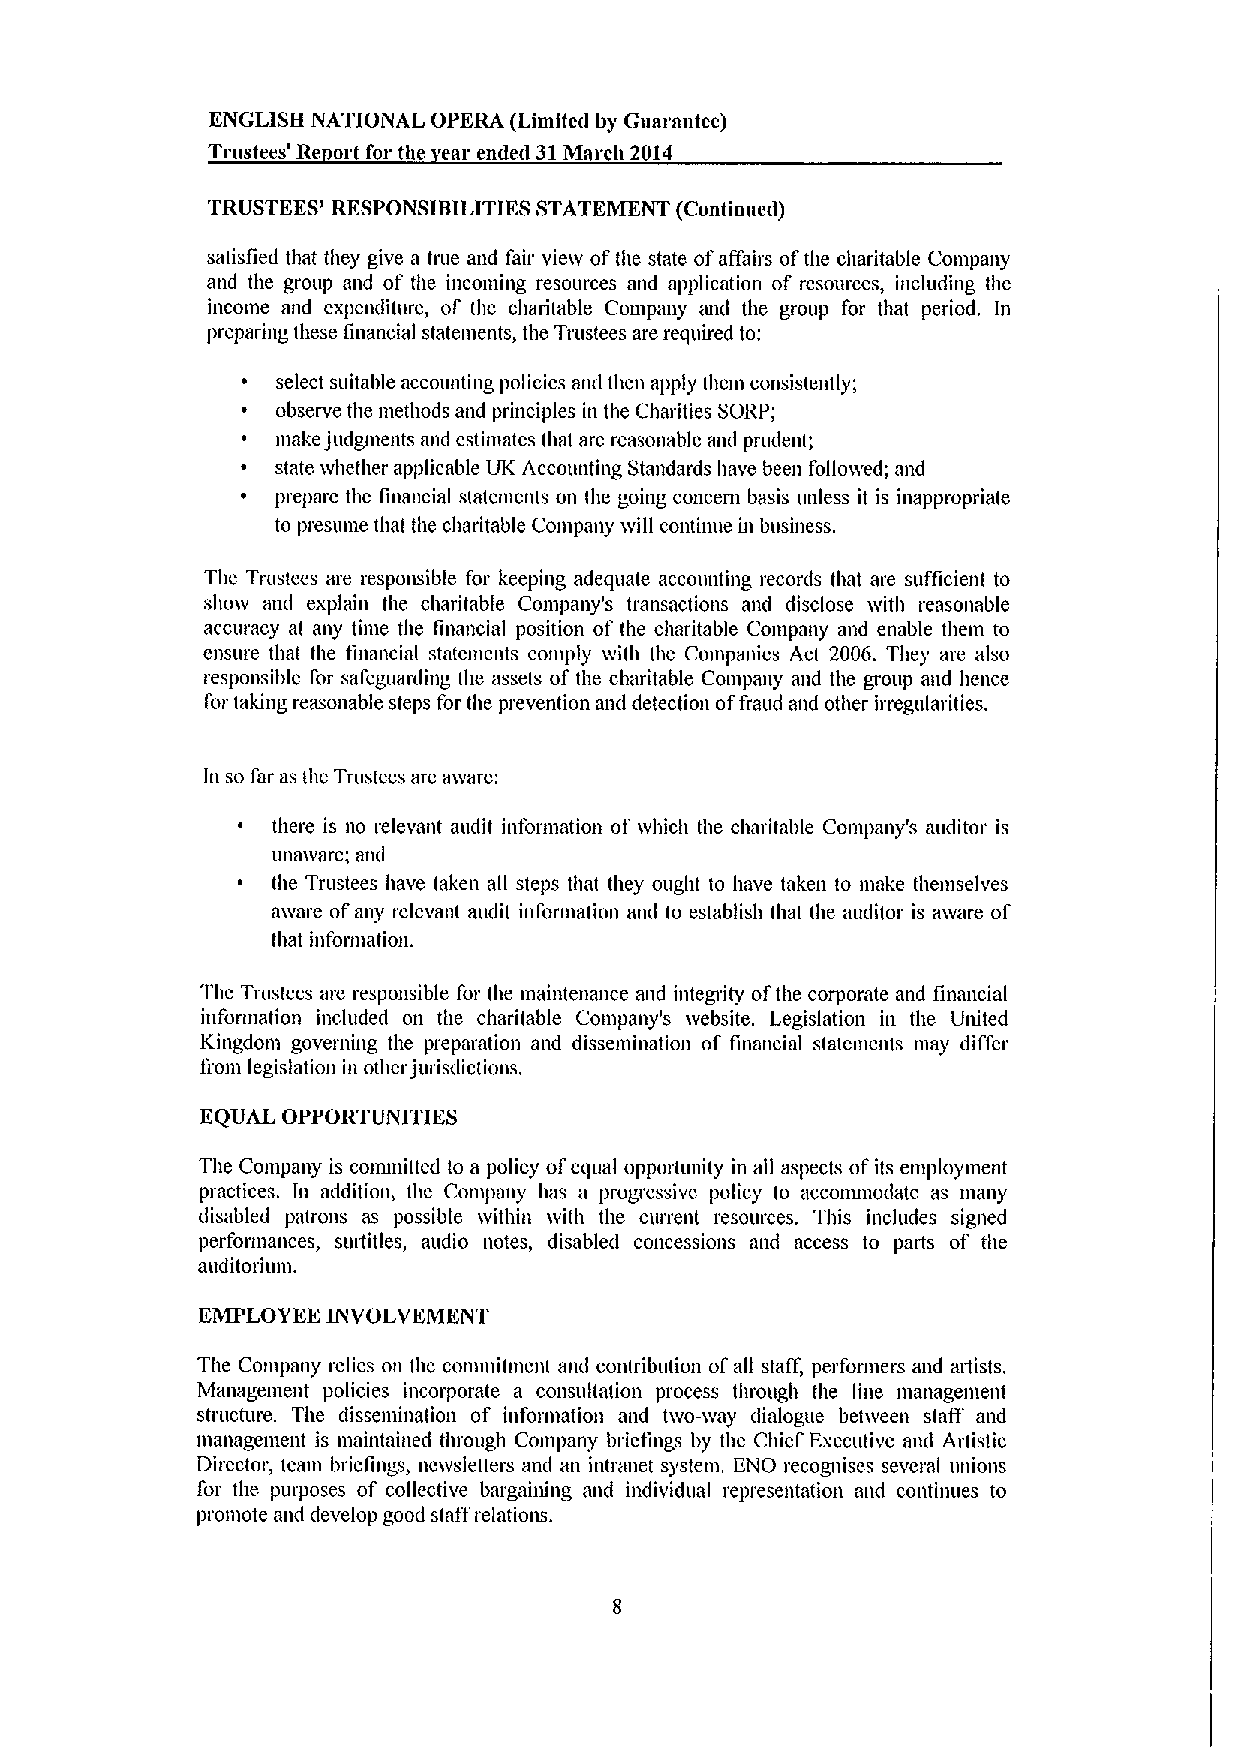
ENGLISH NATIONAL OPERA (Limited by Guarantee)
 Trustees' Re ort for the ear ended 31March 2014
 TRUSTEES' RESPONSHIILITIES STATEMENT (Continue&1)
 satisfied that they give a true and fair vie&v ofthe state ofaffairs ofthe charitable Company
 and the group and of the incoming resources and application of resources, including the
 income and expenditure, of the charitable Cou&pany mul the group for that period. In
 preparing these financial statements, the Trustees are required to:
 select suitable accounting policies and then apply them consistently;
 observe the methods and principles in the Charities SORP;
 make judgments and estimates tlmt are reasonable and prudent;
 state &vhether applicable UK Accounting Standards have been folio&ved; and
 prepare the financial statements on the going concern basis unless it is inappropriate
 to pl'es&111&etllat the cl&aritable Cong&any &vill continue in business.
 The Trustees are responsible for keeping adequate accounting records that are sufficient to
 sho&v m&d explain the charitable Company's tmnsactions and disclose with reasonable
 accuracy at any time the financial position of the charitable Company and enable them to
 ensure that the financial staten&ents comply &vith the Companies Act 2006. They are also
 responsible for safeguarding the assets of the charitable Company and the group and hence
 for taking reasonable steps for the prevention aml detection offraud and other irregularities.
 In so I'ar as the Trustees are a&vare:
 there is no relevant audit information of &vhich the charitable Company's auditor is
 una&vere; and
 the Trustees have taken all steps that they ought to have taken to make themselves
 a&vme ofany relevant audit information and to establish that the miditor is a&vere oi'
 that information.
 The Trustees me responsible I'or the maintenance and integ& ity ofthe corporate and financial
 information included on the charitable Company's website. Legislation in the United
 Kingdom governing the preparation and dissemination of financial statements n&ay dii'fer
 from legislation in other jurisdictions.
 EQUAL OPPORTUNITIES
 The Company is conunitted to a policy of equal opportunlty in all aspects ofits employment
 practices. In addition, the Company has a progressive policy to acconuno&latc as many
 disabled patrons as possible &vithin &vith the current resources. This includes signed
 perforn&ances, surtitles, audio notes, disabled concessions and access to parts of the
 m&ditorium.
 EMPLOYEE INVOLVEMENT
 The Company relies on the commitment and contribution ofall staff, performers and aidists,
 Management policies incorporate a consultation process tluough the line management
 structure. The dissemination of information and t&vo-&vay dialogue between staff and
 management is maintained through Company briefings by the Chief Executive and Artistic
 Director, team briefings, newsletters and an intl'a&let system. ENO recoguises several unions
 for the purposes of collective bargail&lllg a&id individual representation and continues to
 pion&ote and develop good staff relations.